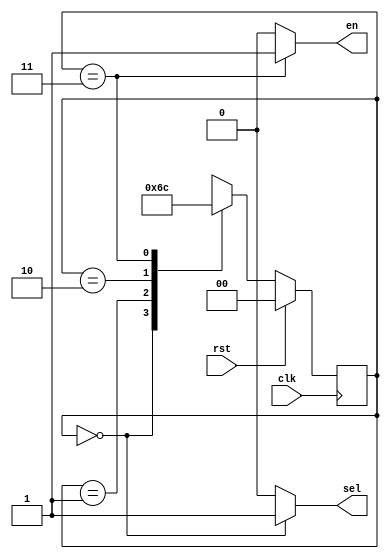
`timescale 1ns / 1ps
//////////////////////////////////////////////////////////////////////////////////
// Company: 
// Engineer: 
// 
// Design Name: 
// Module Name: acc_ctrl
// Project Name: 
// Target Devices: 
// Tool Versions: 
// Description: 
// 
// Dependencies: 
// 
// Revision:
// Revision 0.01 - File Created
// Additional Comments:
// 
//////////////////////////////////////////////////////////////////////////////////


module acc_ctrl(
    en,sel, clk, rst
    );
    output en, sel;
    input clk, rst;
    
    reg [1:0] c_state, n_state;
    
    parameter s1= 2'b00;
    parameter s2= 2'b01;
    parameter s3= 2'b10;
    parameter s4= 2'b11;
    
    always @(posedge clk) begin
    if (rst)
        c_state= s1;
    else
        c_state= n_state;
    end 
      
    always @(c_state) begin
        case(c_state)
            s1: n_state= s2;
            s2: n_state= s3;
            s3: n_state= s4;
            s4: n_state= s1;
        endcase
    end
    
    assign sel= (c_state==s1)? 1'b1: 1'b0;
    assign en= (c_state== s4)? 1'b1: 1'b0;

endmodule